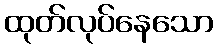
ထုတ်လုပ်နေသော